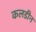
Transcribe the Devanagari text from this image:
कलडीन